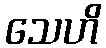
သေဟိ